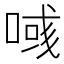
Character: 𠸹